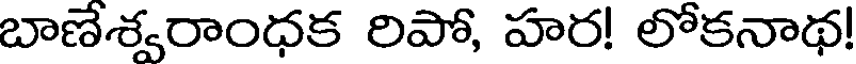
బాణేశ్వరాంధక రిపో, హర! లోకనాథ!